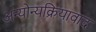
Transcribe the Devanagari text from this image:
अन्योन्यक्रियावाद